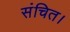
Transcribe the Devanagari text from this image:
संचित।